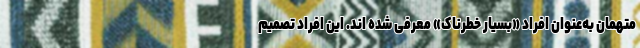
متهمان به‌عنوان افراد «بسیار خطرناک» معرفی شده اند. این افراد تصمیم